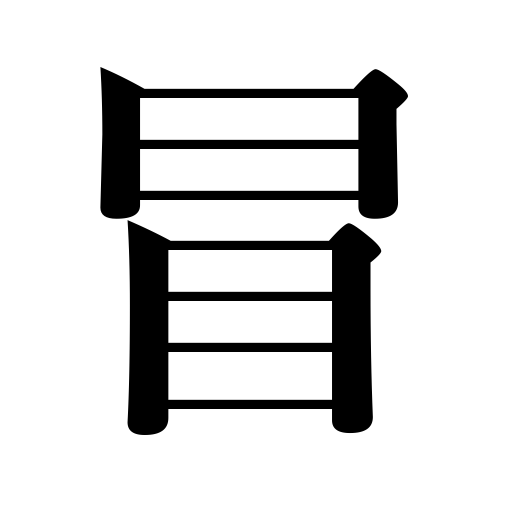
Meanings: face,assume a name,defy,dare,risk,diseases attack,damage,desecrate